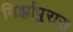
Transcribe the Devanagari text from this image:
मिर्झापुरास